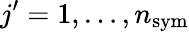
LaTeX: j^{\prime}=1,\dots,n_{\mathrm{sym}}